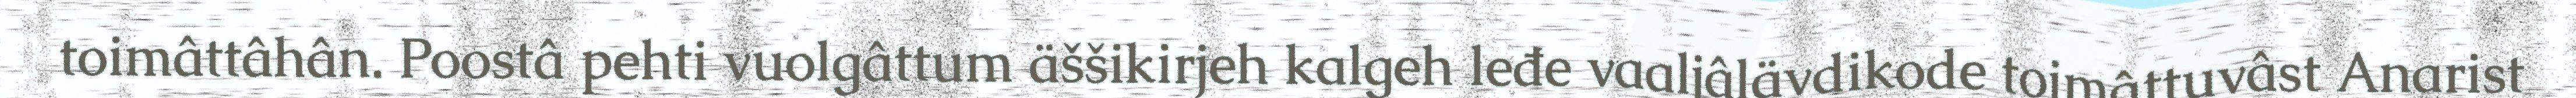
toimâttâhân. Poostâ pehti vuolgâttum äššikirjeh kalgeh leđe vaaljâlävdikode toimâttuvâst Anarist